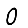
Digit: 0